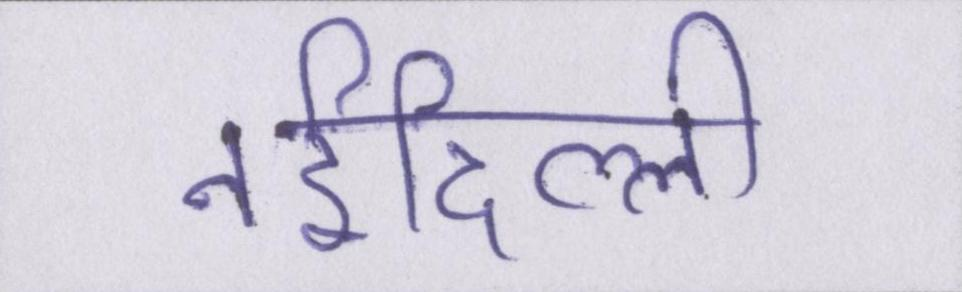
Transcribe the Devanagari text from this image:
नईदिल्ली